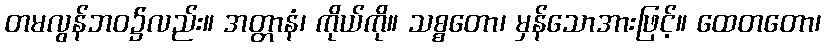
တမလွန်ဘဝ၌လည်း။ အတ္တာနံ၊ ကိုယ်ကို။ သစ္စတော၊ မှန်သောအားဖြင့်။ ထေတတော၊